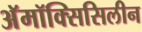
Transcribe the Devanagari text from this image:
अॅमॉक्सिसिलीन